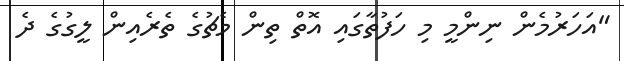
"އަހަރުމެން ނިންމީ މި ހަފުތާގައި އޮތް ތިން މެޗުގެ ތެރެއިން ލީގުގެ ދެ